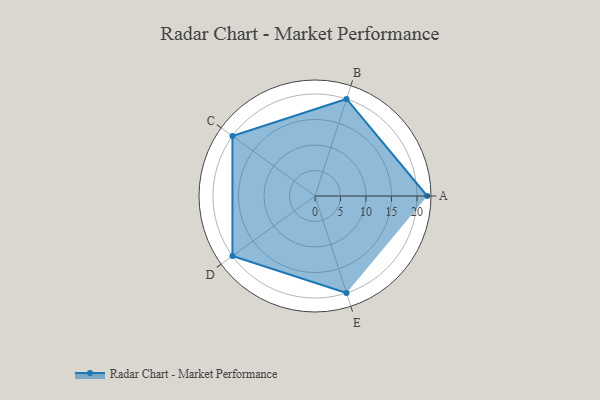
{"axis": {"x": "Skill", "y": "Score"}, "legend": ["Profile"], "data": [{"x": "A", "y": 22.0, "type": "Profile"}, {"x": "B", "y": 20, "type": "Profile"}, {"x": "C", "y": 20, "type": "Profile"}, {"x": "D", "y": 20, "type": "Profile"}, {"x": "E", "y": 20, "type": "Profile"}]}